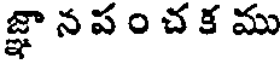
జ్ఞా న ప ం చ క ము